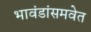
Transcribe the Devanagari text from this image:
भावंडांसमवेत